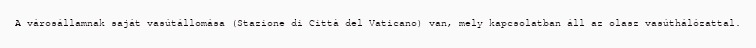
A városállamnak saját vasútállomása (Stazione di Città del Vaticano) van, mely kapcsolatban áll az olasz vasúthálózattal.